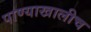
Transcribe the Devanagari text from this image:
पाण्याखालीच